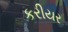
કરીયર